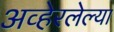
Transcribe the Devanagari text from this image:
अव्हेरलेल्या